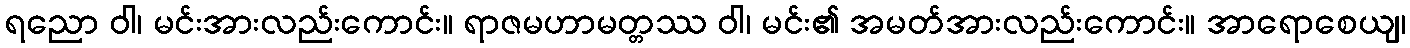
ရညော ဝါ၊ မင်းအားလည်းကောင်း။ ရာဇမဟာမတ္တဿ ဝါ၊ မင်း၏ အမတ်အားလည်းကောင်း။ အာရောစေယျ၊